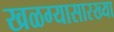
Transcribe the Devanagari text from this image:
खळग्यासारख्या